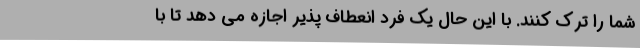
شما را ترک کنند. با این حال یک فرد انعطاف پذیر اجازه می دهد تا با